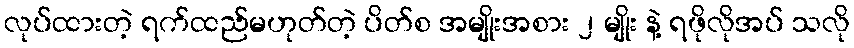
လုပ်ထားတဲ့ ရက်ထည်မဟုတ်တဲ့ ပိတ်စ အမျိုးအစား ၂ မျိုး နဲ့ ရဖိုလိုအပ် သလို